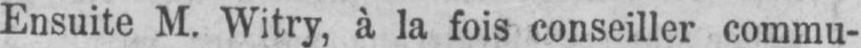
Ensuite M. Witry, à la fois conseiller commu-